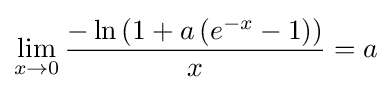
\lim _{x\to 0}{\frac {-\ln \left(1+a\left({e^{-x}-1}\right)\right)}{x}}=a